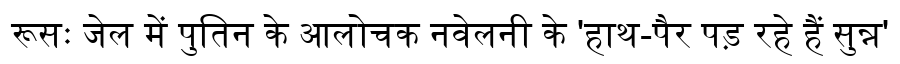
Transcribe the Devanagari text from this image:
रूसः जेल में पुतिन के आलोचक नवेलनी के 'हाथ-पैर पड़ रहे हैं सुन्न'